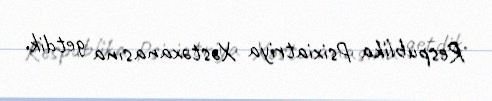
Respublika Psixiatriya Xəstəxanasına getdik.